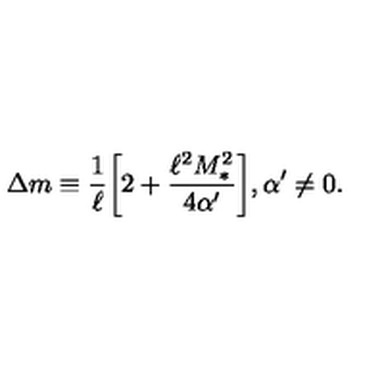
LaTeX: \Delta m \equiv \frac { 1 } { \ell } \bigg [ 2 + \frac { \ell ^ { 2 } M _ { * } ^ { 2 } } { 4 \alpha ^ { \prime } } \bigg ] , \alpha ^ { \prime } \neq 0 .